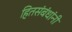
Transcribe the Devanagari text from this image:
हितसंबंधांनी